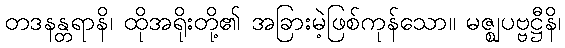
တဒနန္တရာနိ၊ ထိုအရိုးတို့၏ အခြားမဲ့ဖြစ်ကုန်သော။ မဇ္ဈပဗ္ဗဋ္ဌီနိ၊